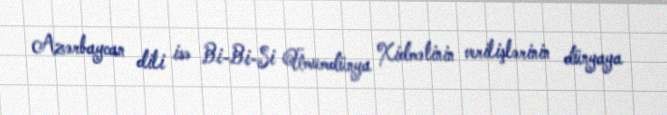
Azərbaycan dili isə Bi-Bi-Si Ümumdünya Xidmətinin verilişlərinin dünyaya